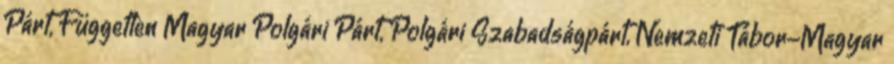
Párt, Független Magyar Polgári Párt, Polgári Szabadságpárt, Nemzeti Tábor-Magyar